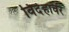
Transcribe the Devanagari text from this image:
विदेहावर